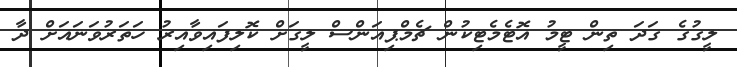
ލީގުގެ ގަދަ ތިން ޓީމު އޮޓެމެޓިކުން ޗެމްޕިއަންސް ލީގަށް ކޮލިފައިވާއިރު ހަތަރުވަނައަށް ދާ